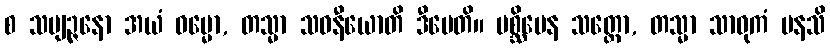
စ သဗျဉ္ဇနော အယံ ဓမ္မော, တသ္မာ သဝနီယောတိ ဒီပေတိ။ ပစ္ဆိမေန သတ္ထော, တသ္မာ သာဓုကံ မနသိ